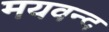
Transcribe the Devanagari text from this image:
मयवन्द